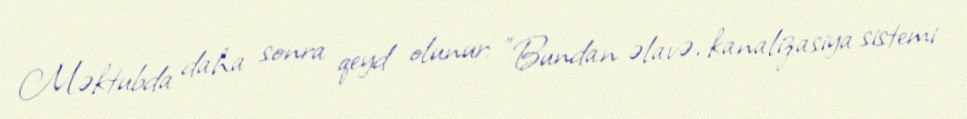
Məktubda daha sonra qeyd olunur: "Bundan əlavə, kanalizasiya sistemi